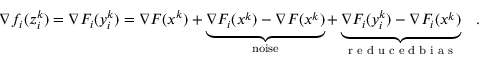
\begin{array} { r l } { \nabla f _ { i } ( z _ { i } ^ { k } ) = \nabla F _ { i } ( y _ { i } ^ { k } ) = \nabla F ( x ^ { k } ) + \underbrace { \nabla F _ { i } ( x ^ { k } ) - \nabla F ( x ^ { k } ) } _ { \mathrm { n o i s e } } + \underbrace { \nabla F _ { i } ( y _ { i } ^ { k } ) - \nabla F _ { i } ( x ^ { k } ) } _ { \textrm { r e d u c e d b i a s } } } & { . } \end{array}